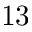
1 3